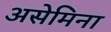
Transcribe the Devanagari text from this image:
असेमिना